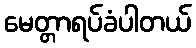
မေတ္တာရပ်ခံပါတယ်